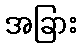
အခြား